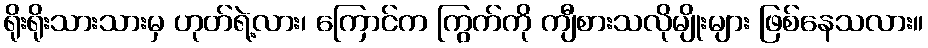
ရိုးရိုးသားသားမှ ဟုတ်ရဲ့လား၊ ကြောင်က ကြွက်ကို ကျီစားသလိုမျိုးများ ဖြစ်နေသလား။